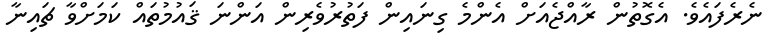
ނެރެފައެވެ. އެގޮތުން ރާއްޖެއަށް އެންމެ ގިނައިން ފަތުރުވެރިން އަންނަ ޤައުމުތައް ކަމަށްވާ ޗައިނާ